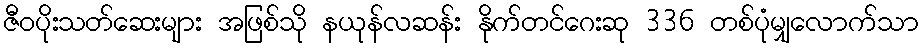
ဇီဝပိုးသတ်ဆေးများ အဖြစ်သို နယုန်လဆန်း နိုက်တင်ဂေးဆု 336 တစ်ပုံမျှလောက်သာ